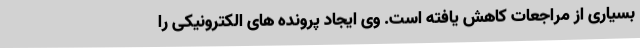
بسیاری از مراجعات کاهش یافته است. وی ایجاد پرونده های الکترونیکی را